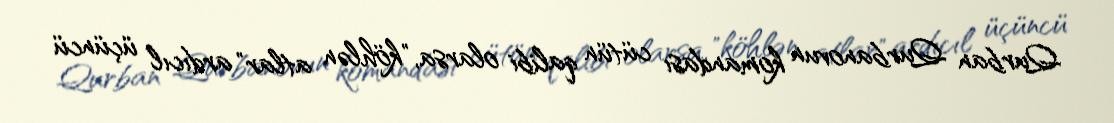
Qurban Qurbanovun komandası cütün qalibi olarsa, "köhlən atlar" ardıcıl üçüncü